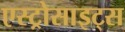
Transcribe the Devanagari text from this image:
एस्ट्रोसाइट्स